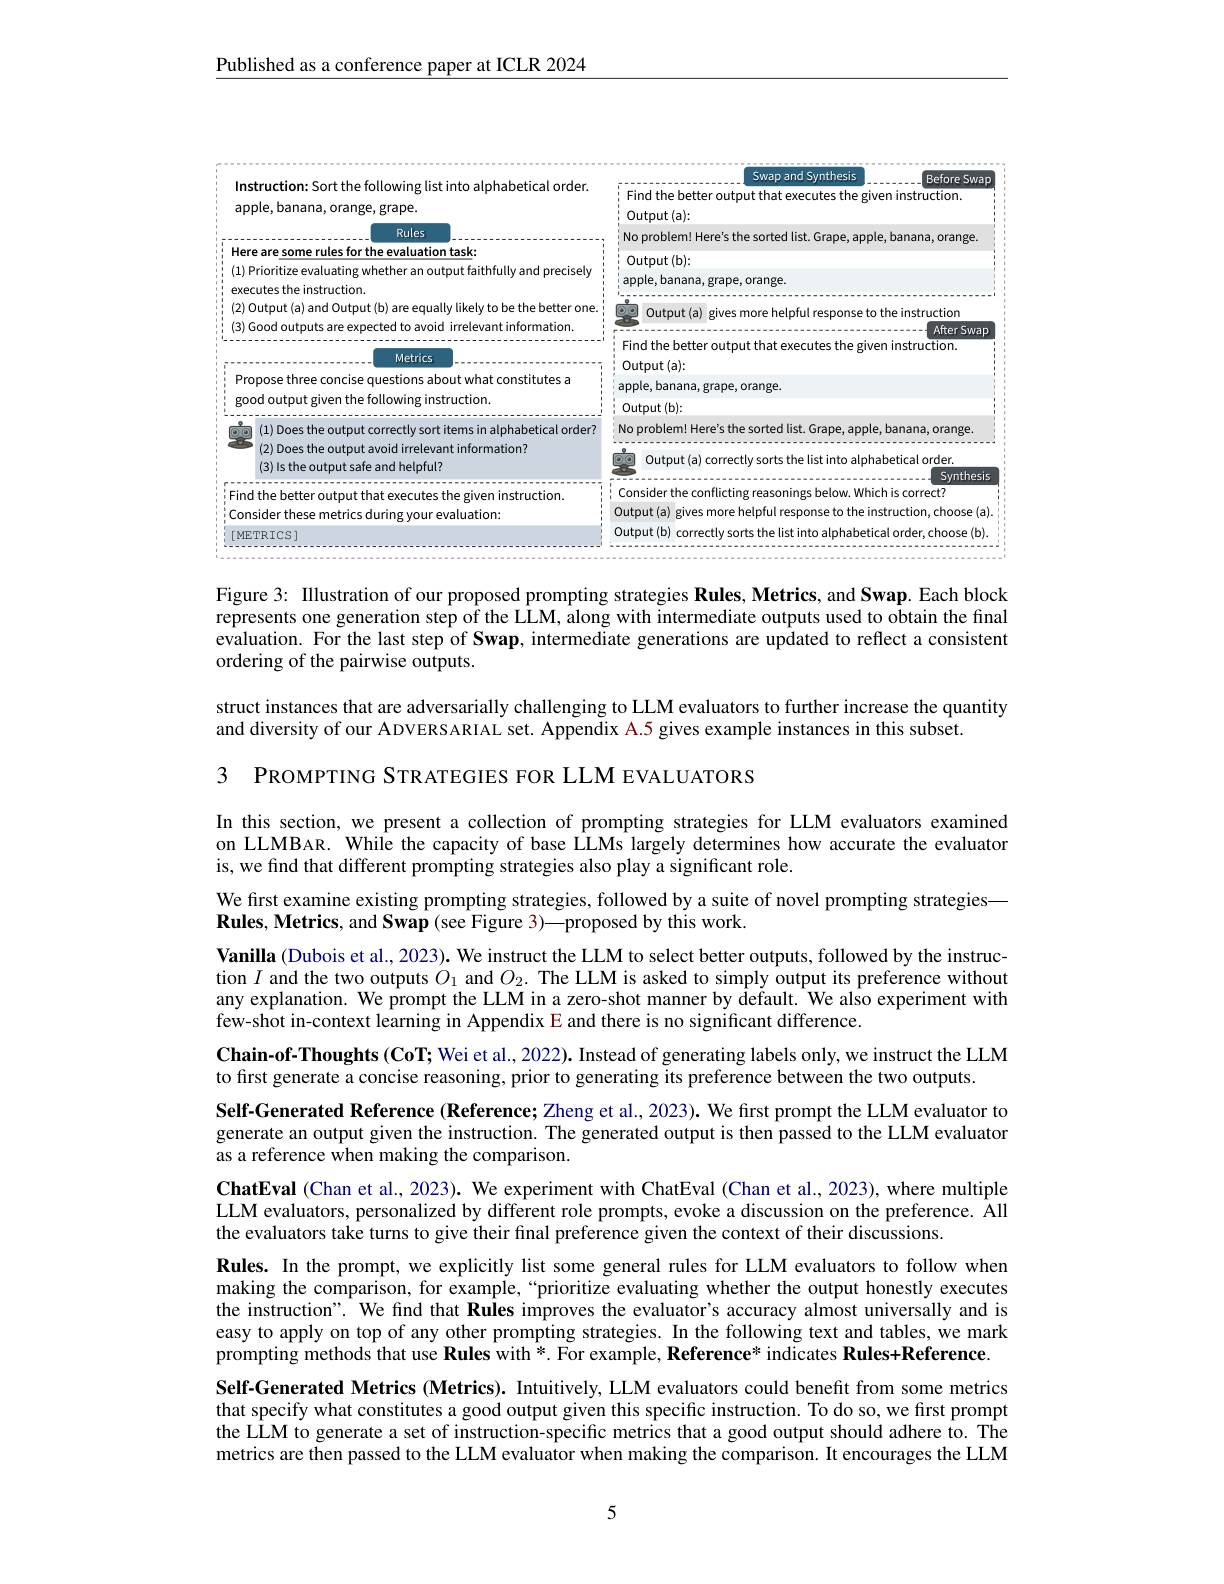
$\underline{\text{Published as a conference paper at ICLR 2024}}$

<FigureHere>

Figure 3: IIlustration of our proposed prompting strategies Rules, Metrics, and Swap. Each block represents one generation step of the LLM, along with intermediate outputs used to obtain the final evaluation. For the last step of Swap, intermediate generations are updated to reflect a consistent ordering of the pairwise outputs.

struct instances that are adversarially challenging to LLM evaluators to further increase the quantity

and diversity of our ADVERSARIAL set. Appendix A.5 gives example instances in this subset.

3 PROMPTING STRATEGIES FOR LLM EVALUATORS

In this section, we present a collection of prompting strategies for LLM evaluators examined on LLMBAR. While the capacity of base LLMs largely determines how accurate the evaluator is, we find that different prompting strategies also play a significant role.
We first examine existing prompting strategies, followed by a suite of novel prompting strategies—
Rules, Metrics, and Swap (see Figure 3)—proposed by this work.
Vanilla (Dubois et al., 2023). We instruct the LLM to select better outputs, followed by the instruction $I$ and the two outputs $O_1$ and $O_2.$ The LLM is asked to simply output its preference without any explanation. We prompt the LLM in a zero-shot manner by default. We also experiment with few-shot in-context learning in Appendix E and there is no significant difference.
Chain-of-Thoughts (CoT; Wei et al., 2022). Instead of generating labels only, we instruct the LLM
to first generate a concise reasoning, prior to generating its preference between the two outputs.
Self-Generated Reference (Reference; Zheng et al., 2023). We first prompt the LLM evaluator to generate an output given the instruction. The generated output is then passed to the LLM evaluator as a reference when making the comparison.
ChatEval (Chan et al., 2023). We experiment with ChatEval (Chan et al., 2023), where multiple LLM evaluators, personalized by different role prompts, evoke a discussion on the preference. All the evaluators take turns to give their final preference given the context of their discussions.
Rules. In the prompt, we explicitly list some general rules for LLM evaluators to follow when making the comparison, for example,“prioritize evaluating whether the output honestly executes the instruction". We find that Rules improves the evaluator's accuracy almost universally and is easy to apply on top of any other prompting strategies. In the following text and tables, we mark prompting methods that use Rules with *. For example, Reference* indicates Rules+Reference Self-Generated Metrics (Metrics). Intuitively, LLM evaluators could benefit from some metrics that specify what constitutes a good output given this specific instruction. To do so, we first prompt the LLM to generate a set of instruction-specific metrics that a good output should adhere to. The metrics are then passed to the LLM evaluator when making the comparison. It encourages the LLM

5